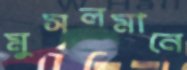
মুসলমানে